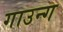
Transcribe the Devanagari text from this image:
गाउन्ग